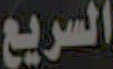
السريع